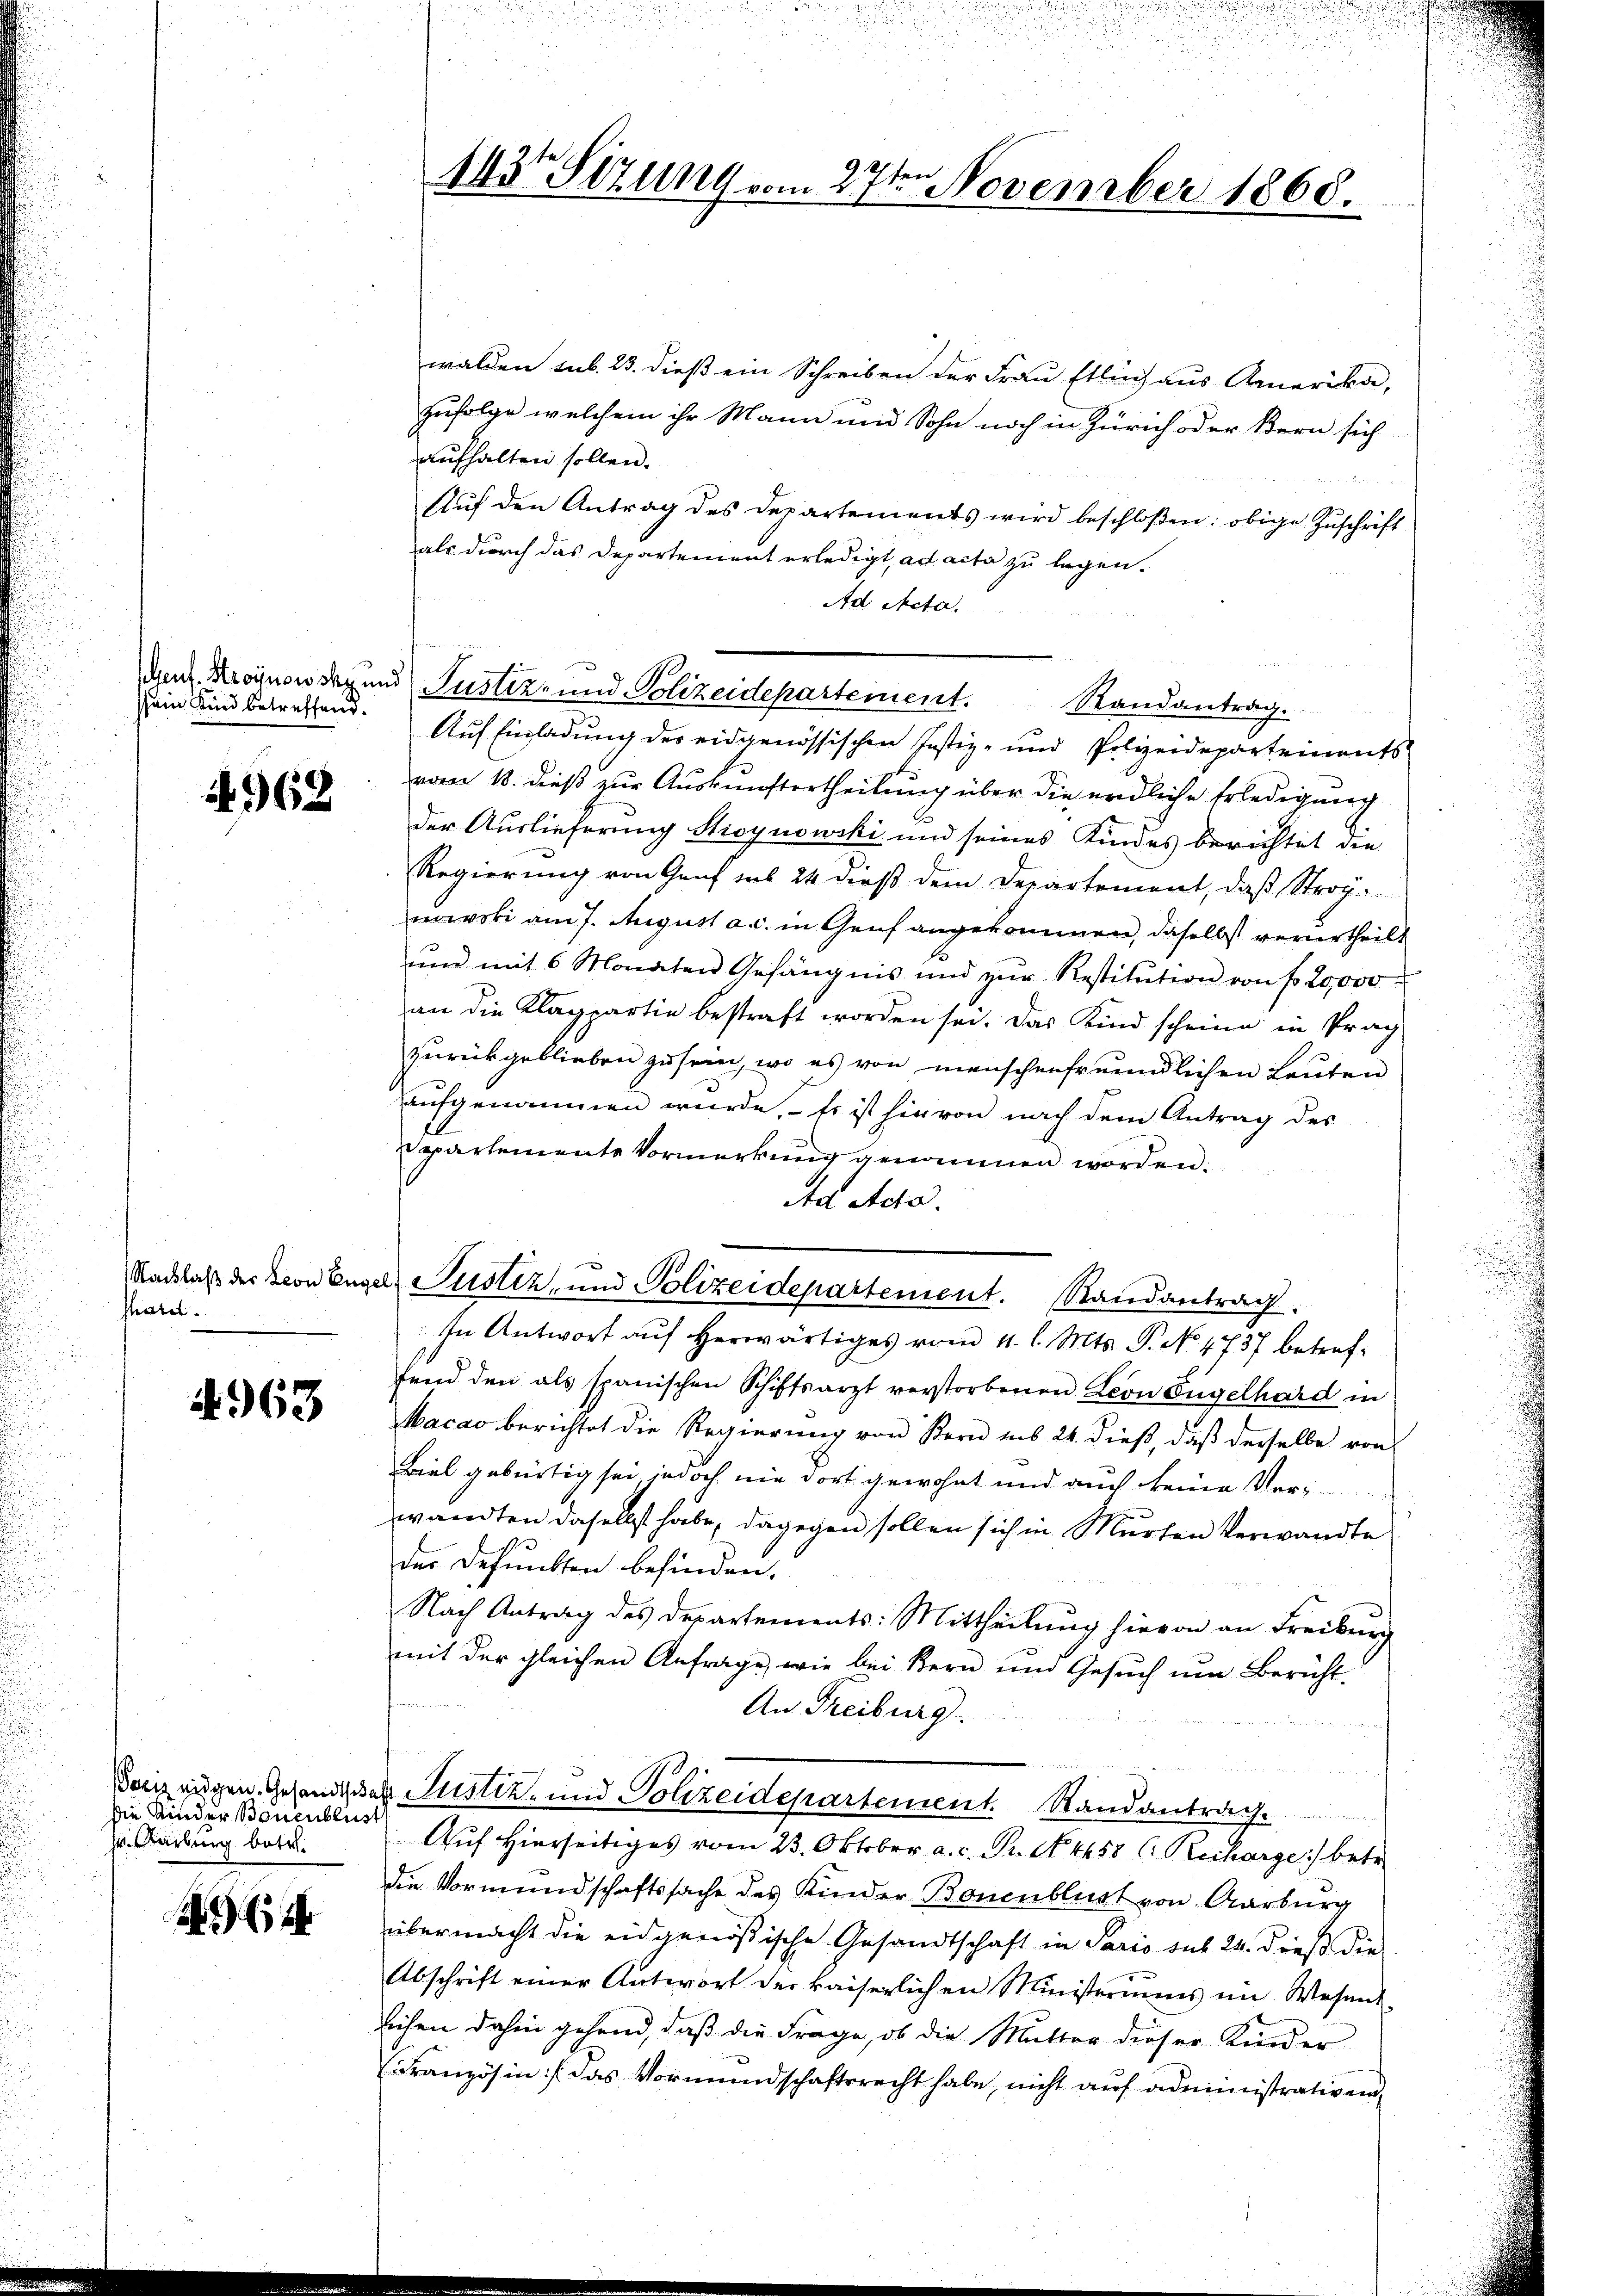
sein Kind betreffend.

4. 968

Nachlaß der Leon Eng
sheitet.

4963

die Kinder Bonenblust
Hr. Karburg betr.

walden sub. 23. dieß ein Schreiben der Frau Etlich aus Amerika,
zufolge welchem ihr Mann und Sohn noch in Zürich oder Bern sich
aufhalten sollen.
Auf den Antrag des Departements wird beschloßen: obige Zuschrift
als durch das Departement erledigt, ad acta zu legen.
Ad Acta.
Auf Einladung des eidgenössischen Justiz- und Polizeidepartements
vom 18. dieß zur Auskunftertheilung über die endliche Erledigung
der Auslieferung Sioynowski und seines Kindes berichtet die
Regierung von Genf ius 24 dieß dem Departement, daß Strag
nowski am 7. August a. c. in Genf angekommen, daselbst verurtheilt
ŭnd mit 6 Monaten Gefängnis und zŭr Restitŭtion von fr. 20,000
an die Klagpartin bestraft worden sei. Das Kind scheine in Prag
zurückgeblieben zu sein, wo es von menschenfreundlichen Leuten
aufgenommen wurde, – so ist hievon nach dem Antrag des
ppartemente Vormerkung genommen worden.
Ad Acta.
a Justiz, und Polizeidepartement. Randantrag.
In Antwort auf herwärtiges vom 4. l. Mts. P. No 4737 betreffend den als spanischen Schiftsarzt verstorbenen Leon Engelhard in
Macao berichtet die Regierung von Bern ins 24. dieß, daß derselbe von
Biel gebürtig sei jedoch nie dort gewohnt und auch keine Verwandten daselbst habe, dagegen sollen sich in Murten Verwandte
der Defunkten befinden.
Nach Antrag des Departements: Mittheilung hievon an Freiburg
mit der gleichen Anfrage, wie bei Bern und Gesŭch ŭm Bericht.
An Freiburg
Vorzeigen Gesandtschas Justiz- und Polizeidepartement. Randantrag
Auf hierseitiges vom 23. Oktober a. c. Pr. No. 4458 ( Richarge betr.
die Vormundschaftssache des Kinder Bonenblust von Aarburg
übermacht die eidgenößische Gesandtschaft in Paris sub 24. dieß die
Abschrift einer Antwort der kaiserlichen Ministeriums im Wesent-
lichen dahin gehend, daß die Frage, ob die Mutter dieser Kinder
Französin /: das Vormundschaftsrecht habe, nicht auf administrativen,

143 Sizung vom 27te͇n November 1868.

den Kronon des und Justiz- und Polizeidepartement. Randantrag.